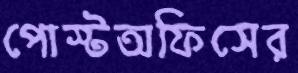
পোস্টঅফিসের